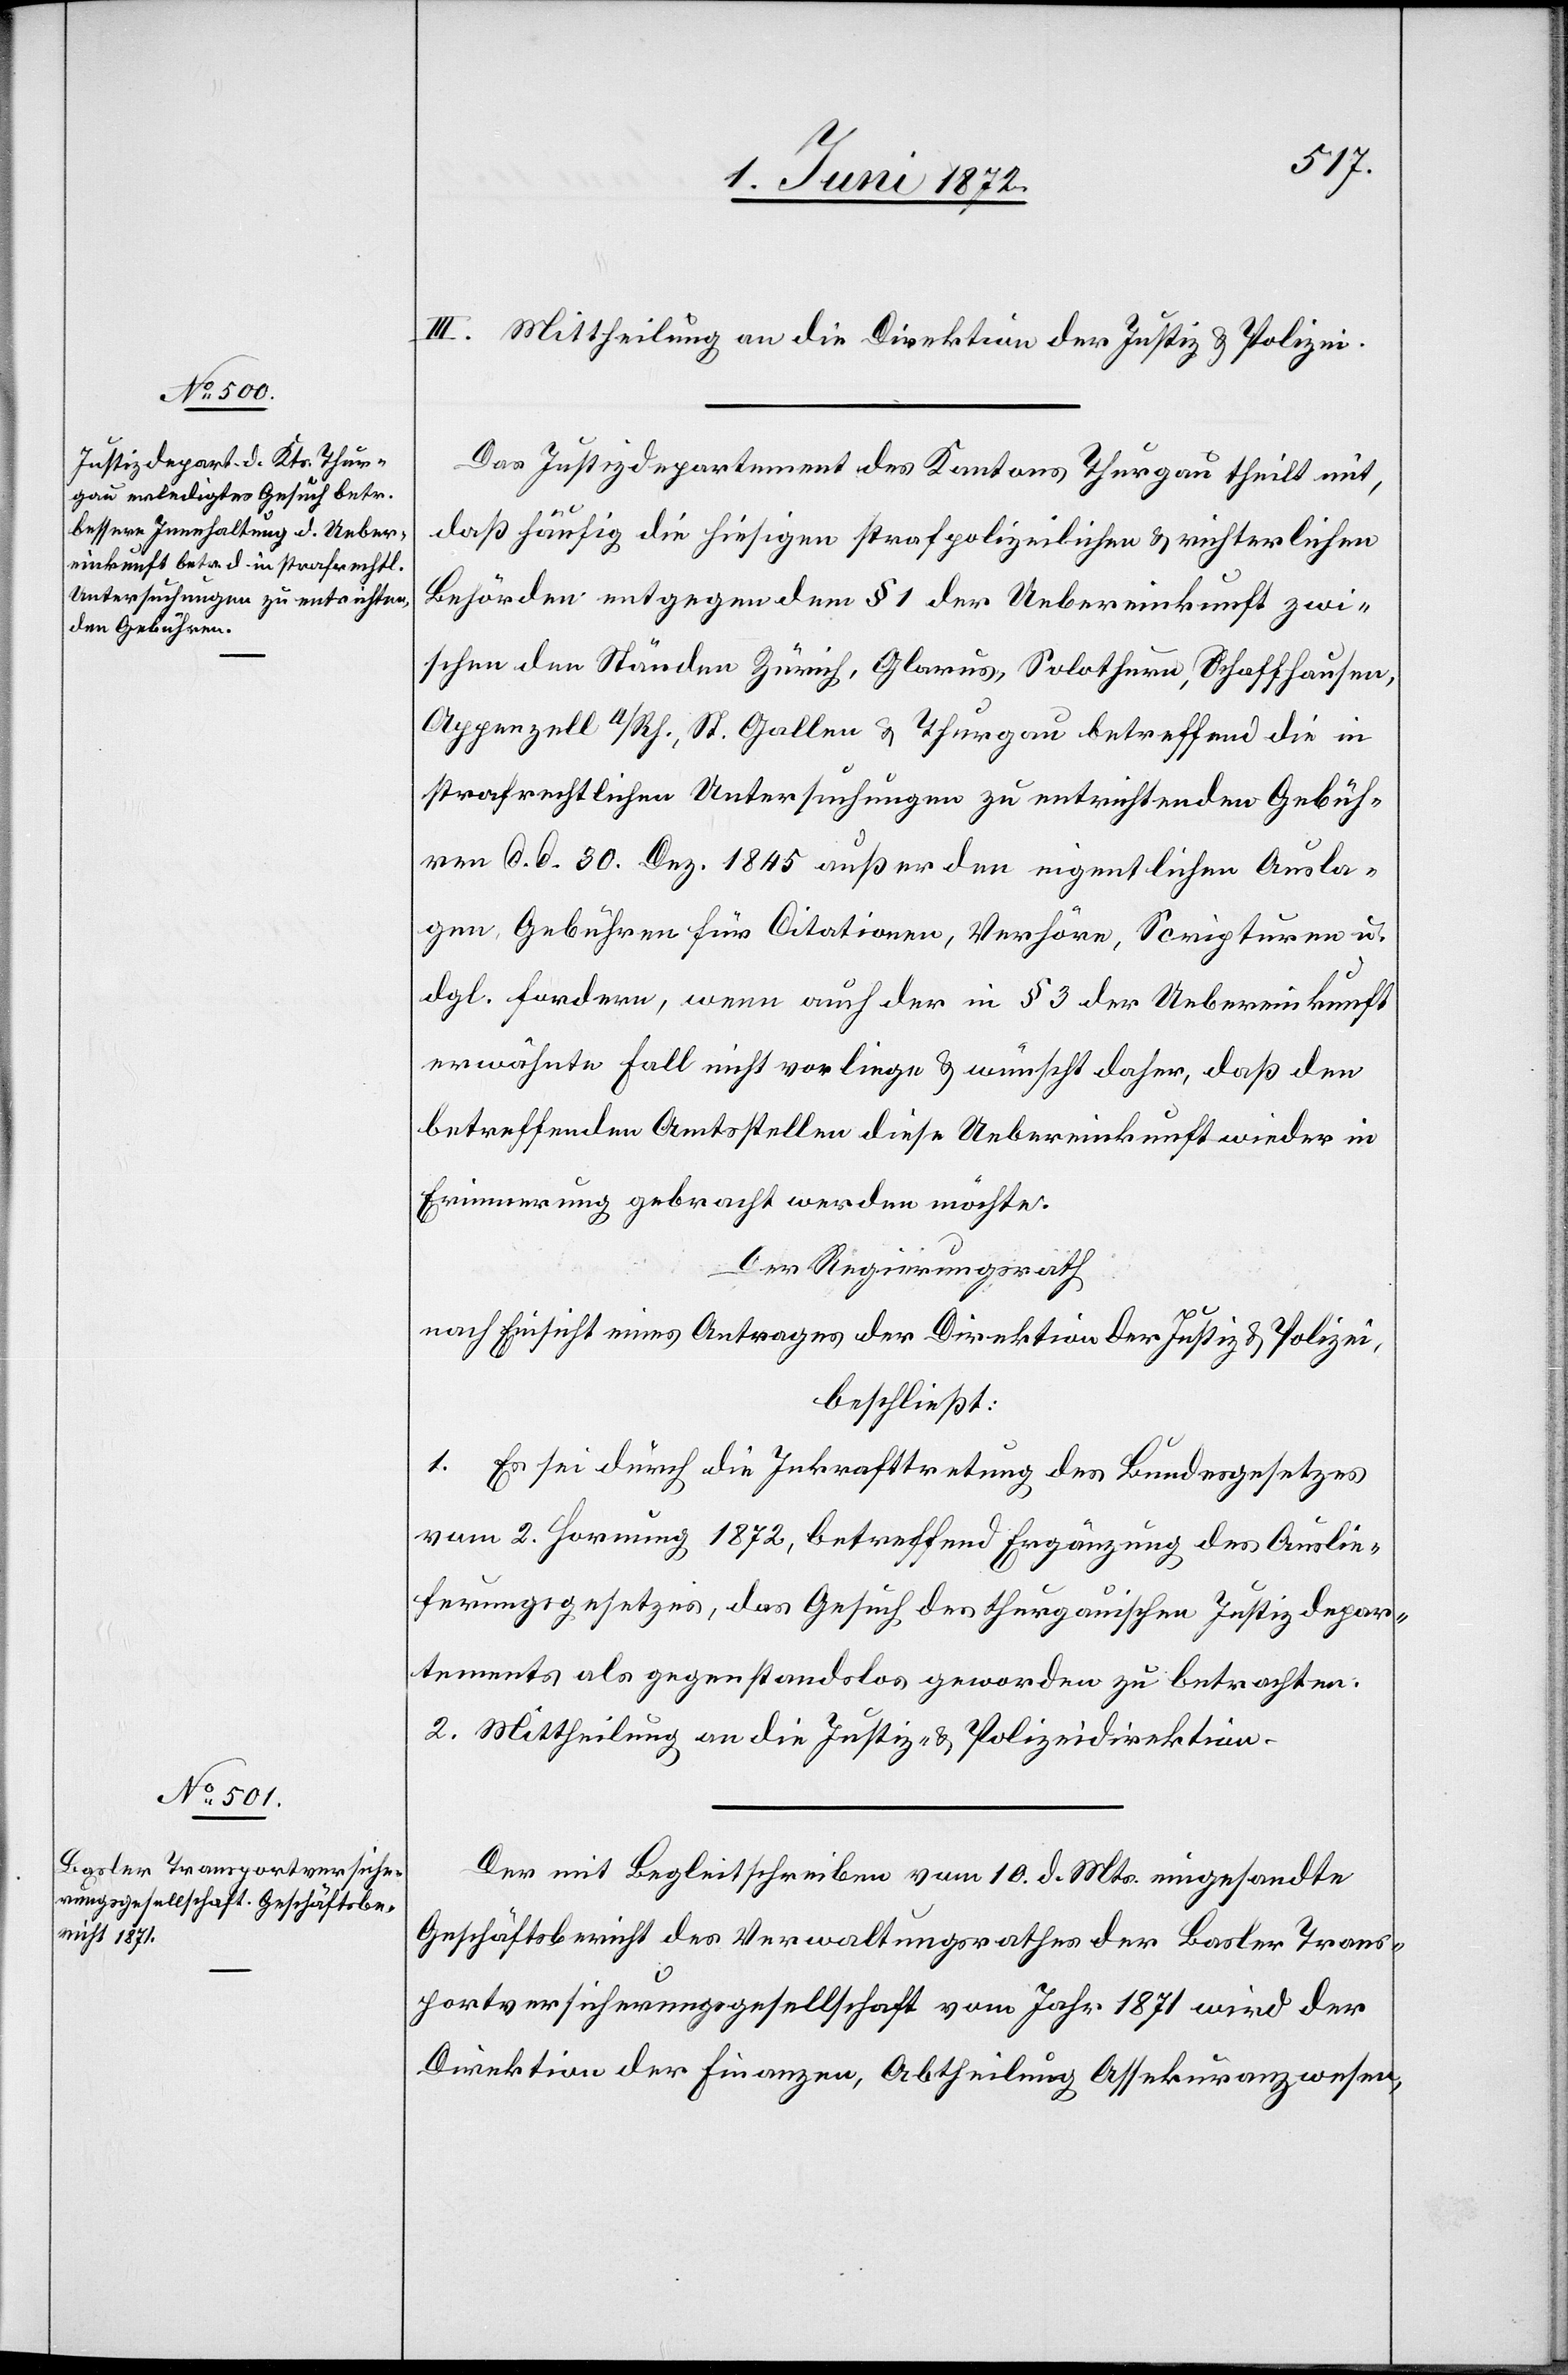
III. Mittheilung an die Direktion der Justiz u. Polizei.
Das Justizdepartement des Kantons Thurgau theilt mit,
daß häufig die hiesigen strafpolizeilichen u. richterlichen
Behörden entgegen dem § 1 der Uebereinkunft zwi¬
schen den Ständen Zürich, Glarus, Solothurn, Schaffhausen,
Appenzell A/Rh., St. Gallen u. Thurgau betreffend die in
strafrechtlichen Untersuchungen zu entrichtenden Gebüh¬
ren d. d. 30. Dez. 1845 außer den eigentlichen Ausla¬
gen, Gebühren für Citationen, Verhöre, Scripturen u.
dgl. fordern, wenn auch der in § 3 der Uebereinkunft
erwähnte Fall nicht vorliege u. wünscht daher, daß den
betreffenden Amtsstellen diese Uebereinkunft wieder in
Erinnerung gebracht werden möchte.
Der Regierungsrath
nach Einsicht eines Antrages der Direktion der Justiz u. Polizei,
beschließt:
1. Es sei durch die Inkrafttretung des Bundesgesetzes
vom 2. Hornung 1872, betreffend Ergänzung des Auslie¬
ferungsgesetzes, das Gesuch des thurgauischen Justizdepar¬
tements als gegenstandslos geworden zu betrachten.
2. Mittheilung an die Justiz- u. Polizeidirektion.
Der mit Begleitschreiben vom 10. d. Mts. eingesandte
Geschäftsbericht des Verwaltungsrathes der Basler Trans¬
portversicherungsgesellschaft vom Jahr 1871 wird der
Direktion der Finanzen, Abtheilung Assekuranzwesen,